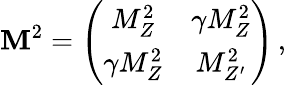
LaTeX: {\cal\mathbf{M}}^{2}=\left(\begin{array}{cc}{{M_{Z}^{2}}}&{{\gamma M_{Z}^{2}}}\\ {{\gamma M_{Z}^{2}}}&{{M_{Z^{\prime}}^{2}}}\end{array}\right)\, ,